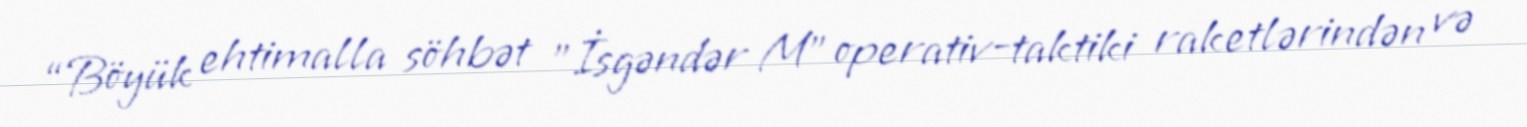
“Böyük ehtimalla söhbət ”İsgəndər M" operativ-taktiki raketlərindən və